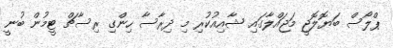
ޕްލޯސް ބަޔޮލޮޖީ މަޖައްލާގައި ޝާއިއުކުރި މި ދިރާސާ ހިންގި ރިސާޗް ޓީމުން ބުނީ